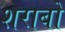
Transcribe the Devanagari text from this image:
शराबो